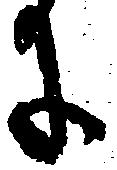
に